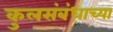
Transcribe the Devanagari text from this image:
कुलसंबंधाच्या